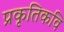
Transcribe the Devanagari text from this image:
प्रकृतिकवि